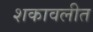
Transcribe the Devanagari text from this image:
शकावलीत